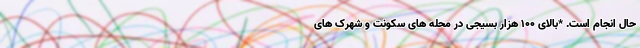
حال انجام است. *بالای ۱۰۰ هزار بسیجی در محله های سکونت و شهرک های